system: You are a helpful assistant.
user:
Analyze the provided spectrum to determine if it is a **M-type Giant (gM)**.

A M-type Giant spectrum is defined by its **strong molecular absorption** features, particularly from **Titanium Oxide (TiO)**. You must check for one of the following mutually exclusive signatures:

- **Key Visual Indicators (Absorption-Dominated Spectrum):**

    - **(Primary):** The spectrum is dominated by strong molecular absorption from **Titanium Oxide (TiO)**. This is the **defining feature** of its M-type temperature class.
        - **(Key Bandheads):** Look for sharp, "saw-tooth" absorption valleys. The strongest are located near **~7050 Å**, **~6160 Å**, and **~5170 Å**.
        - **(Line Profile):** The "saw-tooth" morphology is critical: a **sharp, steep drop on the BLUE (short-wavelength) side** of the bandhead, followed by a gradual recovery (rising flux) towards the RED (long-wavelength) side.

    - **(Key Confirmation - Giant vs. Dwarf):** **ABSENCE** of strong **Calcium Hydride (CaH)** molecular bands. This is the primary diagnostic for *excluding* M-dwarfs.
        - **(Key Region):** The spectrum should lack the strong, broad absorption band seen in dwarfs between **~6800 Å and ~7000 Å**.

    - **(Secondary Confirmation - Giant):** A very strong and broad **Neutral Calcium (Ca I)** atomic absorption line.
        - **(Key Line):** Located at **~4226 Å**. In a giant (gM), this line is significantly deeper and broader than the same line in an M-dwarf (dM) due to low surface gravity.

    - **(Overall Spectrum):**
        - The continuum is **extremely red-sloping** (i.e., flux is very low in the blue and rises dramatically towards the red).
        - The entire spectrum appears "chopped up" by the deep TiO bands.

Think first, call **spectral_visualization_tool** if needed to examine features in detail, then provide your final answer. Your response must adhere to the following strict rules:
1.  **Overall Structure:** Your response must follow the format `<think>...</think> <tool_call>...</tool_call> (if a tool is used) <answer>...</answer>`.
2.  **Tool Usage Constraint:** You may only make **one** tool call per turn.
3.  **Final Answer Format:** In the `<answer>` tag, your conclusion must be inside a `\boxed{}` command (e.g., `\boxed{YES}` or `\boxed{NO}`), followed by your justification.

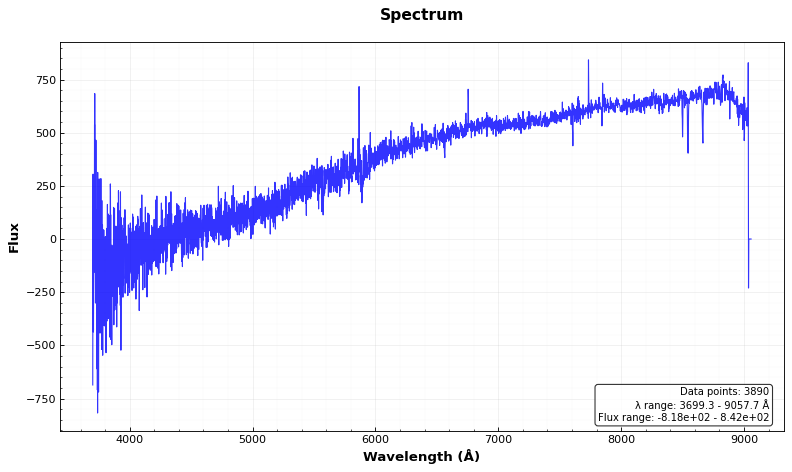
Answer: NO